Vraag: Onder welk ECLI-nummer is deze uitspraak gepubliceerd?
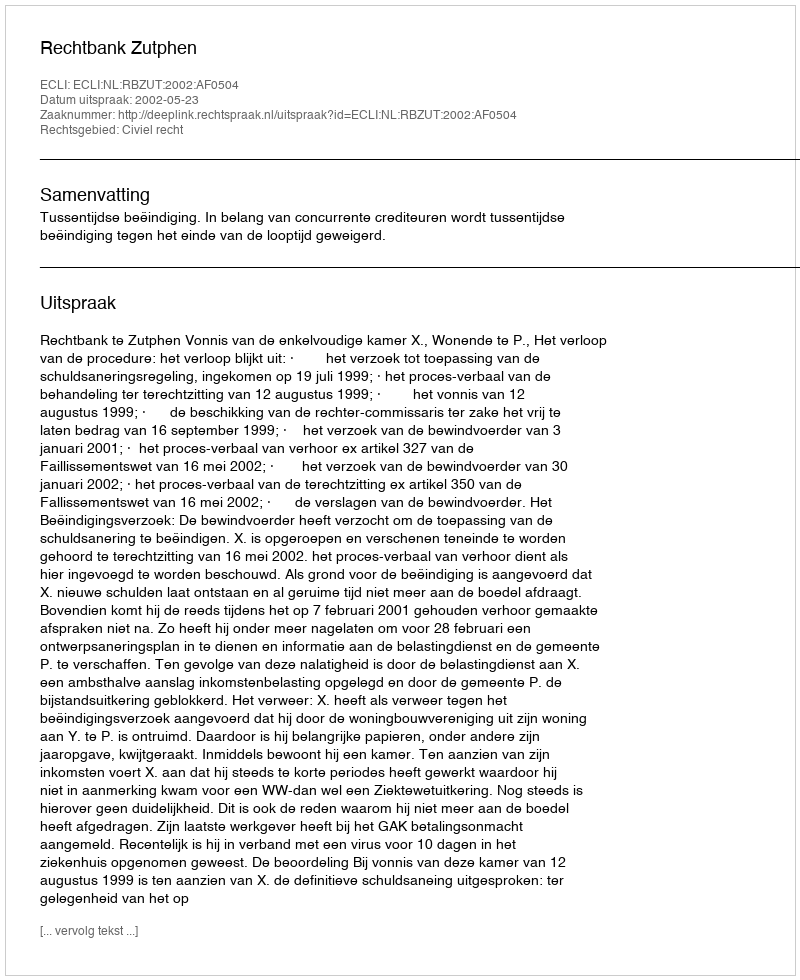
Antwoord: ECLI:NL:RBZUT:2002:AF0504